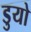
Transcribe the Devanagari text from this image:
डुयो